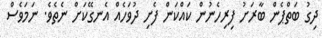
ދިގު ބަތްޕެން ބާރަށު ފިރިހެނުން ކައްކަން ފެށި ދުވަހެއް އެނގޭކަށް ނެތެވެ. ނަމަވެސް